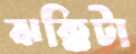
ঝক্কিটা